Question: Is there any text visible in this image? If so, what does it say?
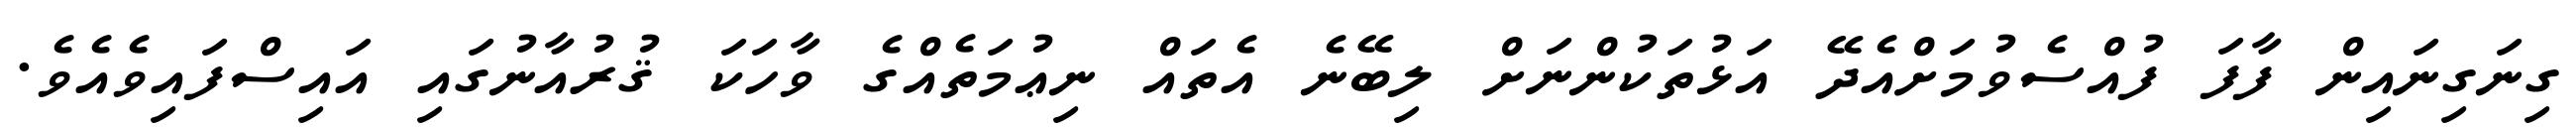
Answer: ގިނަގިނައިން ފާފަ ފުއްސެވުމަށްއެދޭ އަޅުތަކުންނަށް ލިބޭނެ އެތައް ނިޢުމަތެއްގެ ވާހަކަ ޤުރުއާނުގައި އައިސްފައިވެއެވެ.